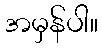
အမှန်ပါ။